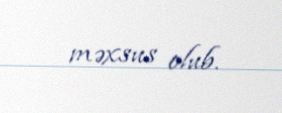
məxsus olub.